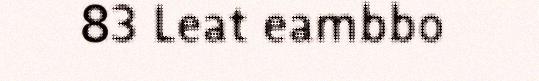
83 Leat eambbo